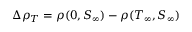
\Delta \rho _ { T } = \rho ( 0 , S _ { \infty } ) - \rho ( T _ { \infty } , S _ { \infty } )